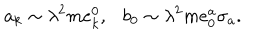
LaTeX: a _ { k } \sim \lambda ^ { 2 } m e _ { k } ^ { 0 } , b _ { 0 } \sim \lambda ^ { 2 } m e _ { 0 } ^ { a } \sigma _ { a } .